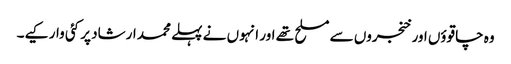
وہ چاقوؤں اور خنجروں سے مسلح تھے اور انہوں نے پہلے محمد ارشاد پر کئی وار کیے۔